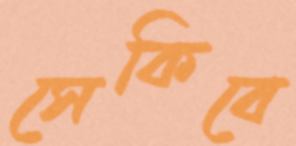
সেকিবে